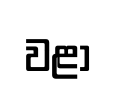
වළා